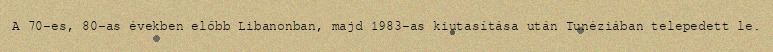
A 70-es, 80-as években előbb Libanonban, majd 1983-as kiutasítása után Tunéziában telepedett le.